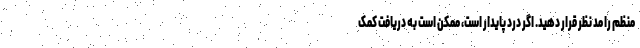
منظم را مد نظر قرار دهید. اگر درد پایدار است، ممکن است به دریافت کمک